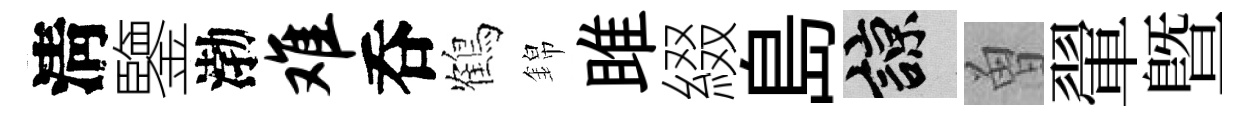
淸鑒渤难呑鶴錦雎綴島諒曽翬暨